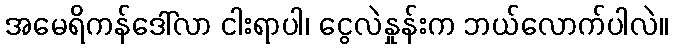
အမေရိကန်ဒေါ်လာ ငါးရာပါ၊ ငွေလဲနှုန်းက ဘယ်လောက်ပါလဲ။